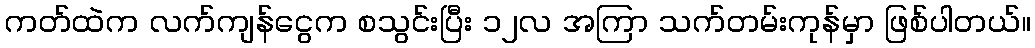
ကတ်ထဲက လက်ကျန်ငွေက စသွင်းပြီး ၁၂လ အကြာ သက်တမ်းကုန်မှာ ဖြစ်ပါတယ်။